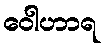
ဝေါဟာရ